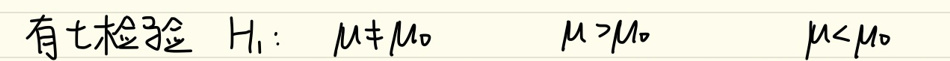
有t检验 \(H_1:\ \mu \neq \mu_0\ \ \mu > \mu_0\ \ \mu < \mu_0\)